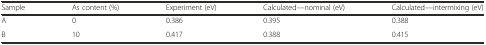
<table><thead><tr><td><b>Sample</b></td><td><b>As content (%)</b></td><td><b>Experiment (eV)</b></td><td><b>Calculated—nominal (eV)</b></td><td><b>Calculated—intermixing (eV)</b></td></tr></thead><tbody><tr><td>A</td><td>0</td><td>0.386</td><td>0.395</td><td>0.388</td></tr><tr><td>B</td><td>10</td><td>0.417</td><td>0.388</td><td>0.415</td></tr></tbody></table>